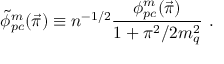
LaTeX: \tilde { \phi } _ { p c } ^ { m } ( \vec { \pi } ) \equiv n ^ { - 1 / 2 } { \frac { \phi _ { p c } ^ { m } ( \vec { \pi } ) } { 1 + \pi ^ { 2 } / 2 m _ { q } ^ { 2 } } } ~ .